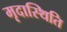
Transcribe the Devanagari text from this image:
मृदास्थिति